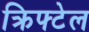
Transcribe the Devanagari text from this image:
क्रिफ्टेल